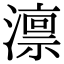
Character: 𪷤